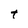
Character: t